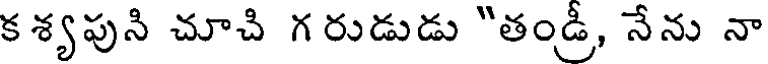
క శ్యపుని చూచి గ రుడుడు "తండ్రీ, నేను నా